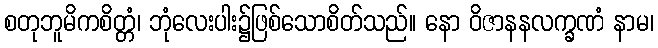
စတုဘူမိကစိတ္တံ၊ ဘုံလေးပါး၌ဖြစ်သောစိတ်သည်။ နော ဝိဇာနနလက္ခဏံ နာမ၊